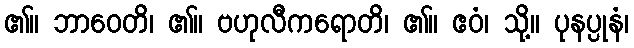
၏။ ဘာဝေတိ၊ ၏။ ဗဟုလီကရောတိ၊ ၏။ ဧဝံ၊ သို့။ ပုနပ္ပုနံ၊